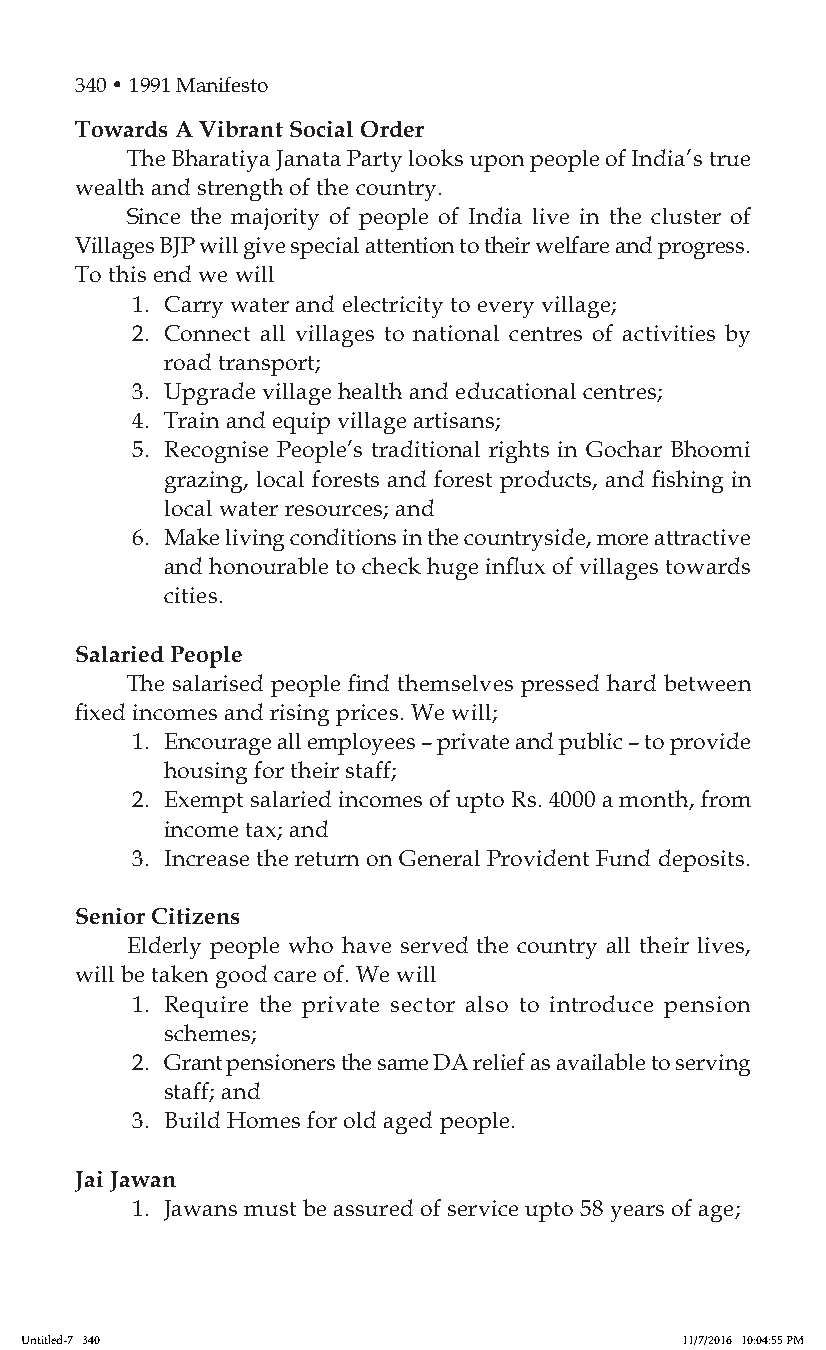
340 • 1991 Manifesto
 Towards A Vibrant Social Order
 The Bharatiya Janata Party looks upon people of India’s true
 wealth and strength of the country.
 Since the majority of people of India live in the cluster of
 Villages BJP will give special attention to their welfare and progress.
 To this end we will
 1. Carry water and electricity to every village;
 2. Connect all villages to national centres of activities by
 road transport;
 3. Upgrade village health and educational centres;
 4. Train and equip village artisans;
 5. Recognise People’s traditional rights in Gochar Bhoomi
 grazing, local forests and forest products, and fishing in
 local water resources; and
 6. Make living conditions in the countryside, more attractive
 and honourable to check huge influx of villages towards
 cities.
 Salaried People
 The salarised people find themselves pressed hard between
 fixed incomes and rising prices. We will;
 1. Encourage all employees – private and public – to provide
 housing for their staff;
 2. Exempt salaried incomes of upto Rs. 4000 a month, from
 income tax; and
 3. Increase the return on General Provident Fund deposits.
 Senior Citizens
 Elderly people who have served the country all their lives,
 will be taken good care of. We will
 1. Require the private sector also to introduce pension
 schemes;
 2. Grant pensioners the same DA relief as available to serving
 staff; and
 3. Build Homes for old aged people.
 Jai Jawan
 1. Jawans must be assured of service upto 58 years of age;
 Untitled-7 340                              11/7/2016 10:04:55 PM